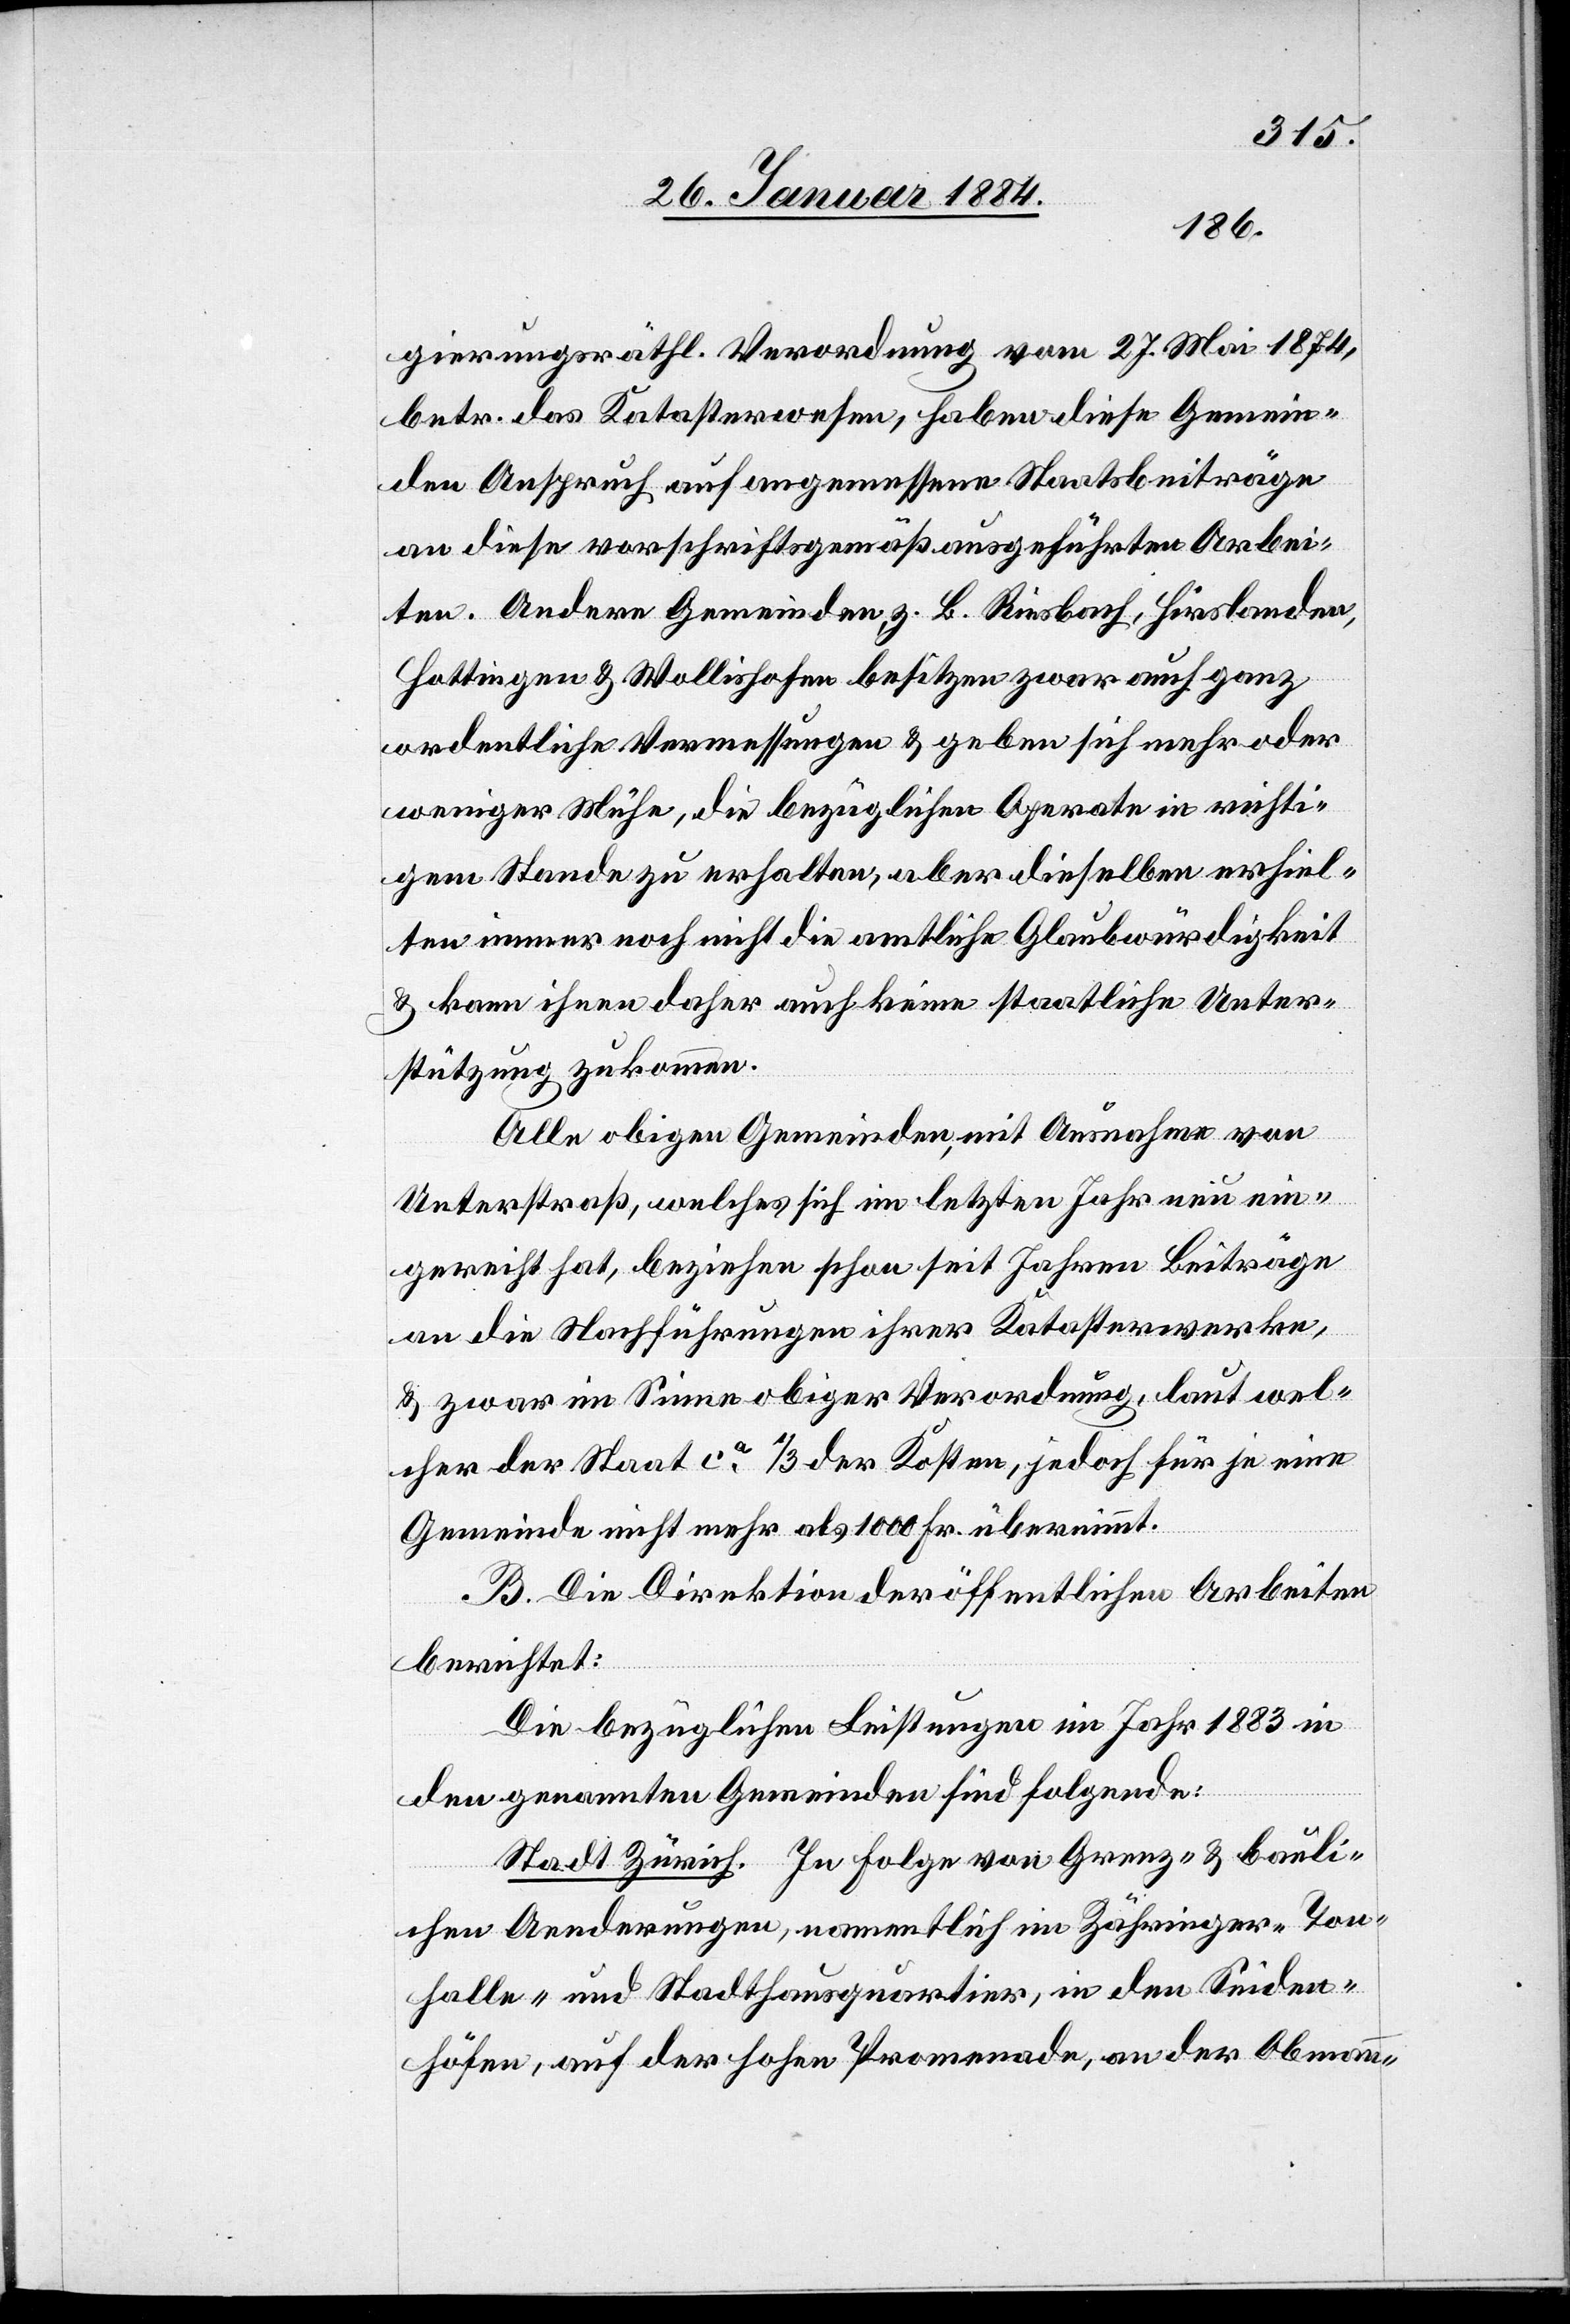
gierungsräthlich. Verordnung vom 27. Mai 1874,
betr. das Katasterwesen, haben diese Gemein¬
den Anspruch auf angemessene Staatsbeiträge
an diese vorschriftsgemäß ausgeführten Arbei¬
ten. Andere Gemeinden, z. B. Riesbach, Hirslanden,
Hottingen & Wollishofen besitzen zwar auch ganz
ordentliche Vermessungen & geben sich mehr oder
weniger Mühe, die bezüglichen Aperate in richti¬
gem Stande zu erhalten, aber dieselben erhiel¬
ten immer noch nicht die amtliche Glaubwürdigkeit
& kann ihnen daher auch keine staatliche Unter¬
stützung zukommen.
Alle obigen Gemeinden, mit Ausnahme von
Unterstraß, welches sich im letzten Jahr neu ein¬
gerichtet hat, beziehen schon seit Jahren Beiträge
an die Nachführungen ihrer Katasterwerke,
& zwar im Sinne obiger Verordnung, laut wel¬
cher der Staat ca 1/3 der Kosten, jedoch für je eine
Gemeinde nicht mehr als 1000 Fr. übernimmt.
B. Die Direktion der öffentlichen Arbeiten
berichtet:
Die bezüglichen Leistungen im Jahr 1883 in
den genannten Gemeinden sind folgende:
Stadt Zürich. In Folge von Grenz- & bauli¬
chen Aenderungen, namentlich im Zähringer- Ton¬
halle- und Stadthausquartier, in den Seiden¬
höfen, auf der hohen Promenade, an der Obmann-